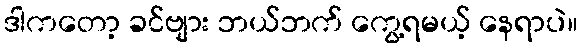
ဒါကတော့ ခင်ဗျား ဘယ်ဘက် ကွေ့ရမယ့် နေရာပဲ။